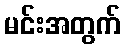
မင်းအတွက်